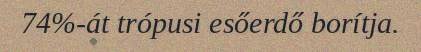
74%-át trópusi esőerdő borítja.